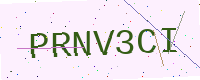
Text: PRNV3CI